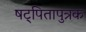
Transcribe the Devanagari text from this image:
षट्पितापुत्रक